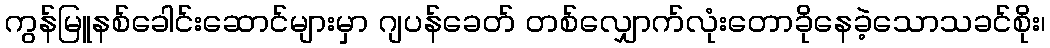
ကွန်မြူနစ်ခေါင်းဆောင်များမှာ ဂျပန်ခေတ် တစ်လျှောက်လုံးတောခိုနေခဲ့သောသခင်စိုး၊